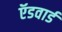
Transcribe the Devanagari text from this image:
ऍडवार्ड